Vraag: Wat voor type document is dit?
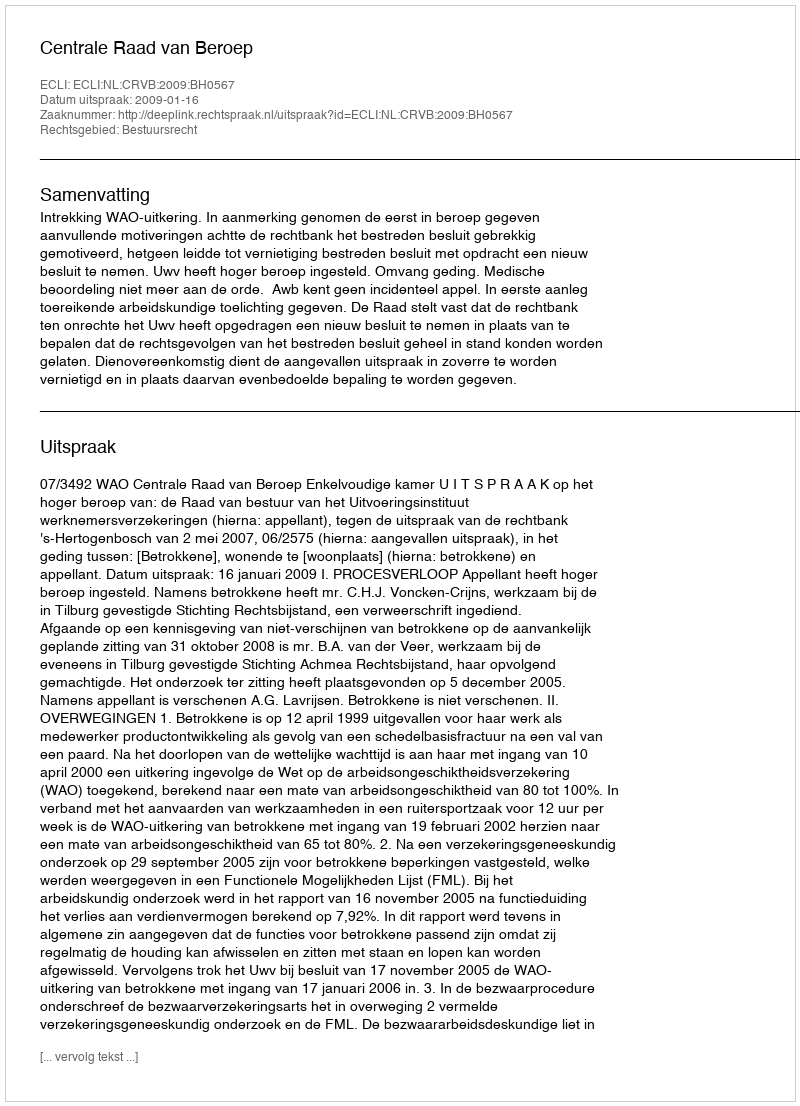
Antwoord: Uitspraak